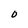
Character: O